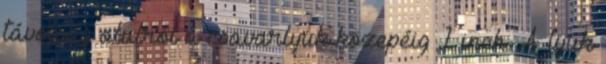
távolság alulról a csavarlyuk közepéig 1 inch. A lyuk